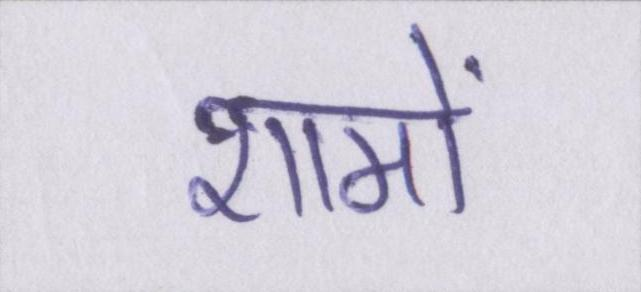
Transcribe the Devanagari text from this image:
शामों